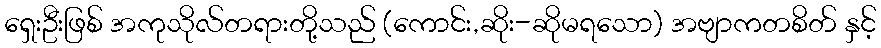
ရှေးဦးဖြစ် အကုသိုလ်တရားတို့သည် (ကောင်း,ဆိုး-ဆိုမရသော) အဗျာကတစိတ် နှင့်